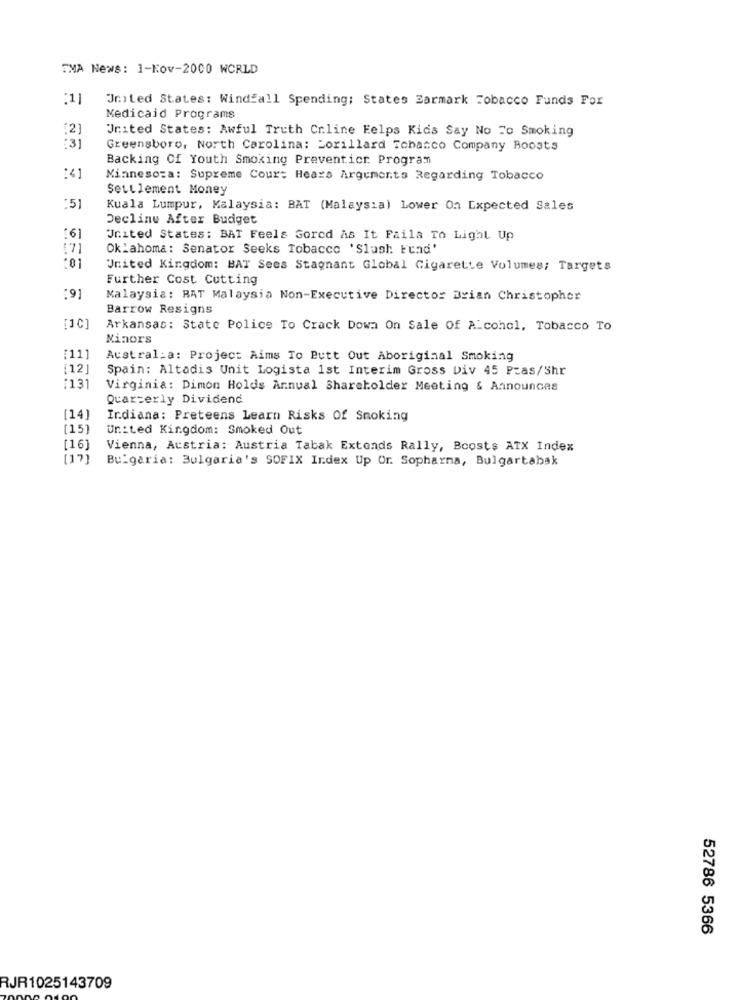
TMA News: 1-Nov-2000 WORLD
:1]
United States: Windfall Spending; States Zarmark Tobacco Funds For
Medicaid Programs
[2]
United States: Awful Truth Cr.line Eelps Kids Say No To Smoking
: 31
Greensboro, North Carolina: Lorillard Tobacco Company Boosts
Backing Of Youth Smoking Preventicr Program
:41
Minnesota: Supreme Court Hears Arguments Regarding Tobacco
Settlement Money
:51
Kuala Lumpur, Malaysia: BAT (Malaysia) Lower On Expected Sales
Decline After Budget
United States: BAT Feels Gored As It Fails To Light Up
Oklahoma: Senator Seeks Tobacco 'Slash Eend'
*01
United Kingdom: BAT Sees Stagnant Global Cigarette Volumes; Targets
Further Cost Cutting
:9
Malaysia: BAT Malaysia Non-Executive Director Brian Christopher
Barrow Resigns
[10]
Arkansas: State Police To Crack Down On Sale Of Alcohol, Tobacco To
Minors
[11]
Austral:a: Project Aims To Butt Out Aboriginal Smoking
[12]
Spain: Altadis Unit Logista 1st Interim Gross Div 45 Pzas/Shr
:131
Virginia: Dimon Holds Annual Shareholder Meeting & Announces
Quarterly Dividend
[14]
Indiana: Preteens Learn Risks Of Smoking
[15]
United Kingdom: Smoked Out
[16]
Vienna, Austria: Austria Tabak Extends Rally, Boosts ATX Index
[17]
Bulgaria: Bulgaria's SOFIX Index Up Or. Sopharma, Bulgartabak
52786 5366
RJR1025143709